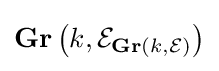
\mathbf {Gr} \left(k,{\mathcal {E}}_{\mathbf {Gr} (k,{\mathcal {E}})}\right)